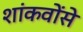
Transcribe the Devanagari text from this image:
शांकवोंसे